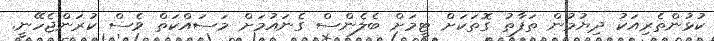
ކުޅުންތެރިއަކު ދިޔުމުން ތަފާތު ގޮތަކަށް ޓީމަށް ބެލެންސް ގެނައުމަށް މަސައްކަތް ވެސް ކުރަންޖެހޭނީ.